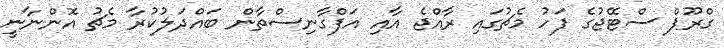
ގްރޫޕް ސްޓޭޖުގެ ފަހު މެޗުގައި ރާއްޖެ އާއި އަފްގާނިސްތާން ބައްދަލުކުރާ މެޗު އޮންނާނީ